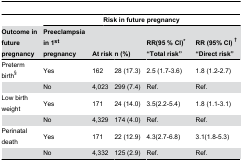
|  | <COLSPAN=2>  | <COLSPAN=4> Risk in future pregnancy |
 | Outcome in future pregnancy | Preeclampsia in 1st pregnancy | <COLSPAN=2> At risk | n (%) | RR(95 % CI)* “Total risk” | RR (95% CI) † “Direct risk” |
 | --- | --- | --- | --- | --- | --- | --- |
 | Preterm birth§ | Yes | <COLSPAN=2> 162 | 28 (17.3) | 2.5 (1.7-3.6) | 1.8 (1.2-2.7) |
 |  | No | <COLSPAN=2> 4,023 | 299 (7.4) | Ref. | Ref. |
 | Low birth weight | Yes | <COLSPAN=2> 171 | 24 (14.0) | 3.5(2.2-5.4) | 1.8 (1.1-3.1) |
 |  | No | <COLSPAN=2> 4,329 | 174 (4.0) | Ref. | Ref. |
 | Perinatal death | Yes | <COLSPAN=2> 171 | 22 (12.9) | 4.3(2.7-6.8) | 3.1(1.8-5.3) |
 |  | No | <COLSPAN=2> 4,332 | 125 (2.9) | Ref. | Ref. |